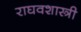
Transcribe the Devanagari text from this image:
राघवशास्त्री